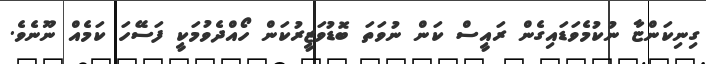
ގިނިކަންޏާ ނުކުމެވަޑައިގެން ރައީސް ކަން ނުވަތަ ބޮޑުވަޒީރުކަން ހޯއްދެވުމަކީ ފަސޭހަ ކަމެއް ނޫނެވެ.